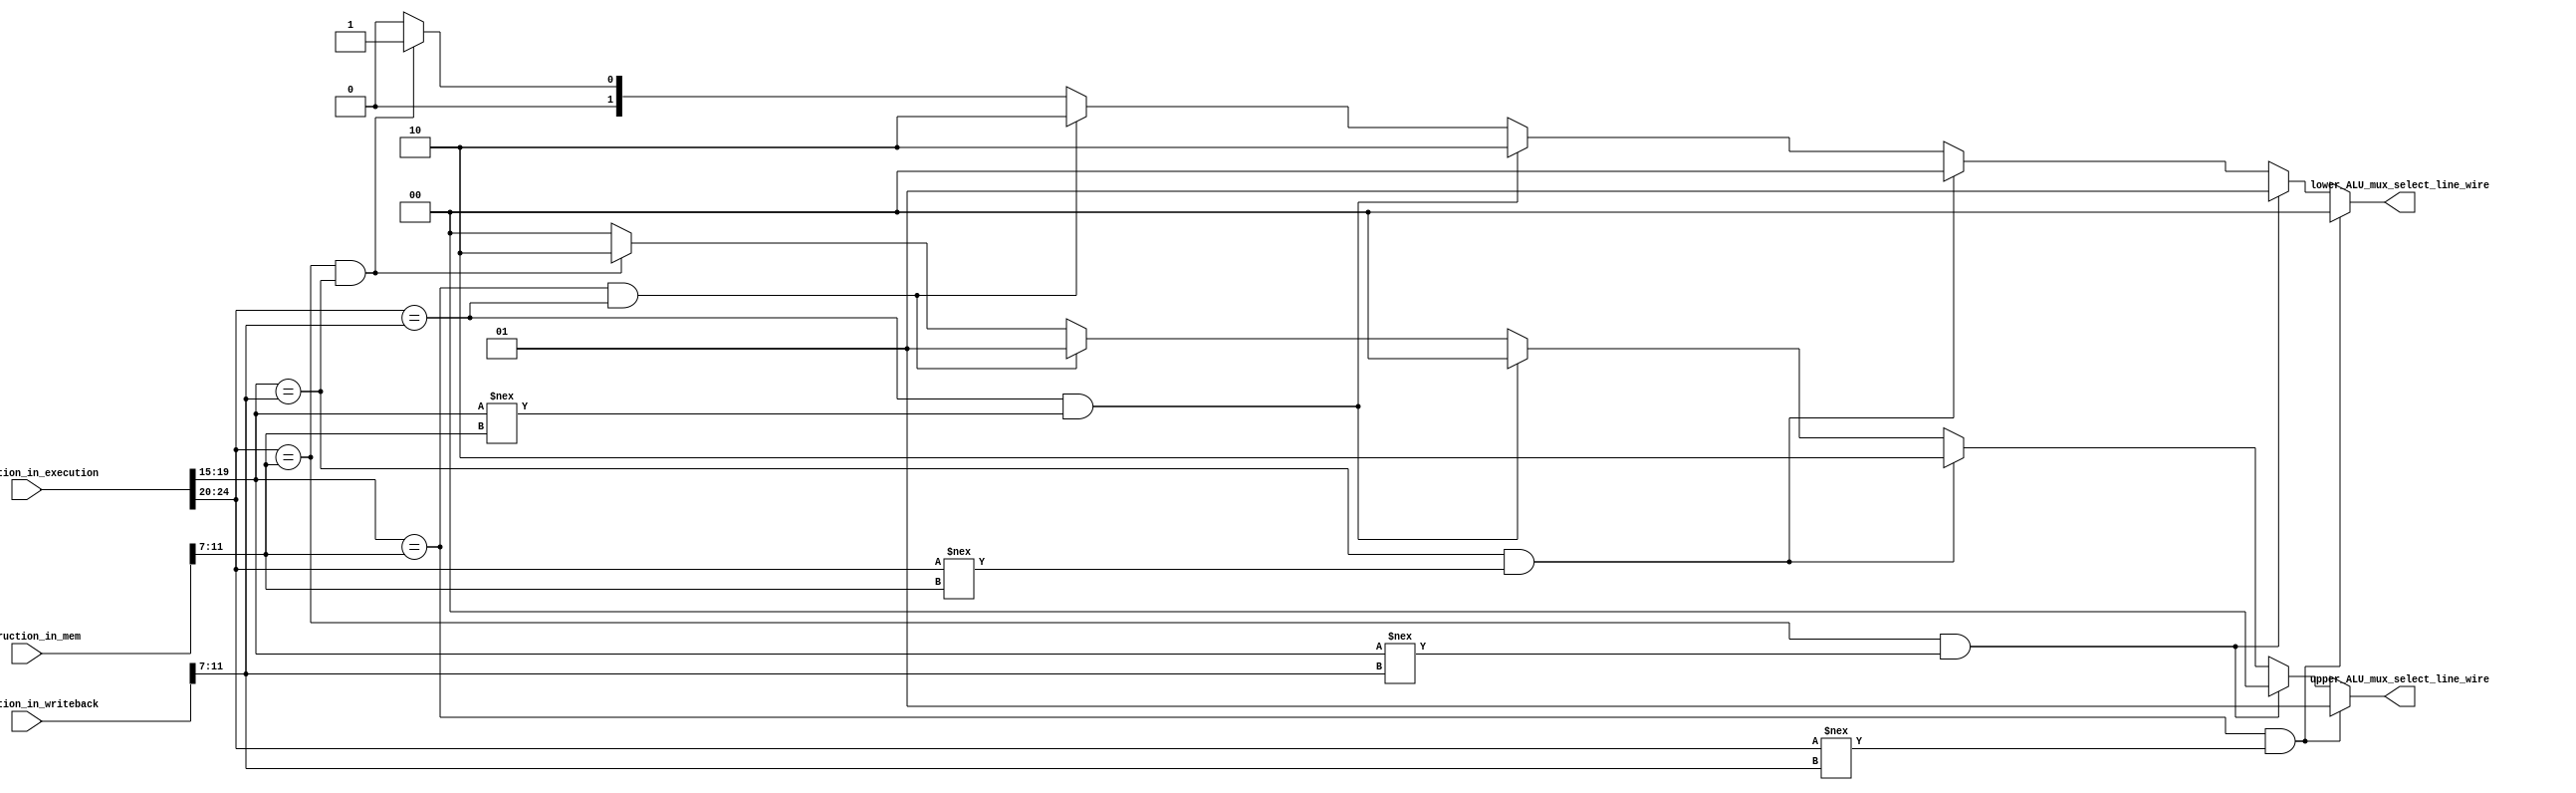
`timescale 1ps / 1ps
//////////////////////////////////////////////////////////////////////////////////
// Company: 
// Engineer: 
// 
// Design Name: 
// Module Name: forwarding_logic_unit
// Project Name: 
// Target Devices: 
// Tool Versions: 
// Description: 
// 
// Dependencies: 
// 
// Revision:
// Revision 0.01 - File Created
// Additional Comments:
// 
//////////////////////////////////////////////////////////////////////////////////
module forwarding_logic_unit(input [31:0] instruction_in_execution,input[31:0]instruction_in_writeback,
input [31:0] instruction_in_mem,output reg[1:0]upper_ALU_mux_select_line_wire,
output reg[1:0]lower_ALU_mux_select_line_wire);
//reg [4:0]rs1_D;
//reg [4:0]rs2_D;
reg [4:0]rs1_EX;
reg [4:0]rs2_EX;
reg [4:0]rd_WB;
reg [4:0]rd_MEM;

always@(*)
begin

rs1_EX=instruction_in_execution[19:15];
rs2_EX=instruction_in_execution[24:20];
rd_MEM=instruction_in_mem[11:7];
rd_WB=instruction_in_writeback[11:7];

if ((rs1_EX==rd_MEM)&(rs2_EX!==rd_WB))
begin

upper_ALU_mux_select_line_wire=2'b01;
lower_ALU_mux_select_line_wire=2'b00;
end
else if ((rs2_EX==rd_MEM)&(rs1_EX!==rd_WB))
begin
lower_ALU_mux_select_line_wire=2'b01;
upper_ALU_mux_select_line_wire=2'b00;
end
else if ((rs1_EX==rd_WB)&(rs2_EX!==rd_MEM))

begin
upper_ALU_mux_select_line_wire=2'b10;
lower_ALU_mux_select_line_wire=2'b00;
end

else if ((rs2_EX==rd_WB)&(rs1_EX!==rd_MEM))
begin
lower_ALU_mux_select_line_wire=2'b10;
upper_ALU_mux_select_line_wire=2'b00;
end
else if ((rs1_EX==rd_MEM)&(rs2_EX==rd_WB))
begin
lower_ALU_mux_select_line_wire=2'b10;
upper_ALU_mux_select_line_wire=2'b01;
end
else if ((rs2_EX==rd_MEM)&(rs1_EX==rd_WB))
begin
lower_ALU_mux_select_line_wire=2'b01;
upper_ALU_mux_select_line_wire=2'b10;
end
/*if (rs2_EX==rd_WB)
begin
lower_ALU_mux_select_line_wire=2'b10;
if((rs1_EX==rd_MEM))
upper_ALU_mux_select_line_wire=2'b01;
else 
upper_ALU_mux_select_line_wire=2'b00;

end

if (rs1_EX==rd_WB)
begin
upper_ALU_mux_select_line_wire=2'b10;
if((rs1_EX==rd_MEM))
lower_ALU_mux_select_line_wire=2'b01;
else 
lower_ALU_mux_select_line_wire=2'b00;

end
*/

else
begin
upper_ALU_mux_select_line_wire=2'b00;
lower_ALU_mux_select_line_wire=2'b00;
end
end

endmodule